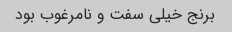
برنج خیلی سفت و نامرغوب بود